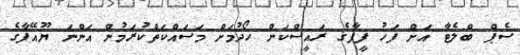
ސެޕް ބްލެޓާ އަށް ފަހު ފީފާގެ ރައީސްކަން ހޯދުމަށް މަސައްކަތްކުރަމުން އަންނަ ޔޫއޭފާގެ